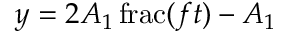
y = 2 A _ { 1 } \operatorname { f r a c } ( f t ) - A _ { 1 }